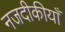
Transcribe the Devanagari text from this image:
नजदीकीयाँ